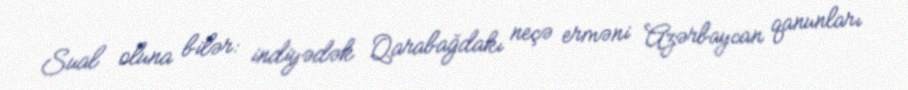
Sual oluna bilər: indiyədək Qarabağdakı neçə erməni Azərbaycan qanunları